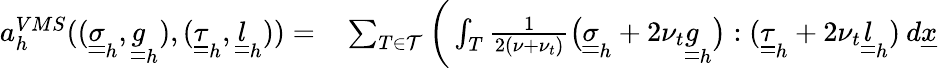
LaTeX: \begin{array}{rl}{a_{h}^{VMS}((\underline{{\underline{{\sigma}}}}_{h},\underline{{\underline{{g}}}}_{h}),(\underline{{\underline{{\tau}}}}_{h},\underline{{\underline{{l}}}}_{h}))=}&{{}\sum_{T\in\mathcal{T}}\bigg(\int_{T}\frac{1}{2(\nu+\nu_{t})}\big(\underline{{\underline{{\sigma}}}}_{h}+2\nu_{t}\underline{{\underline{{g}}}}_{h}\big):(\underline{{\underline{{\tau}}}}_{h}+2\nu_{t}\underline{{\underline{{l}}}}_{h})\: d\underline{{x}}}\end{array}